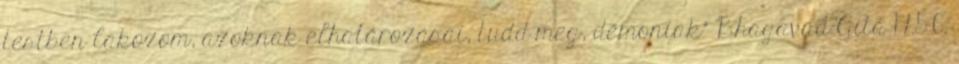
testben lakozom, azoknak elhatározásai, tudd meg, démoniak" Bhagavad-Gítá 17.5-6.